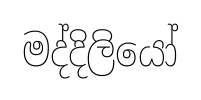
මද්දිලියෝ